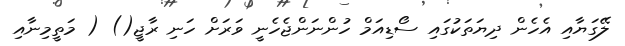
ލޭގަޔާއި އެހެން ދިޔަތަކުގައި ސޯޑިއަމް ހުންނަންޖެހެނީ ވަރަށް ހަނި ރާޖީ() ( މަތީމިނާއި